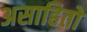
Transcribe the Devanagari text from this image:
असाहितो